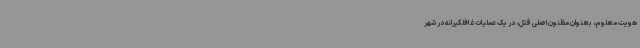
هویت معلوم، بعنوان مظنون اصلی قتل، در یک عملیات غافلگیرانه در شهر